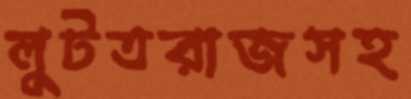
লুটতরাজসহ